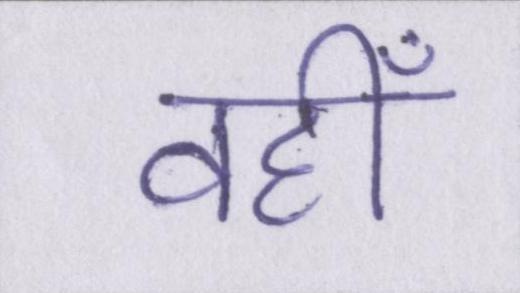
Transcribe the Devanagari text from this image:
वहीँ